Annual report on the mental hospital in the Central Provinces and Berar (Nagpur) - 1927-1951
Year: 1927
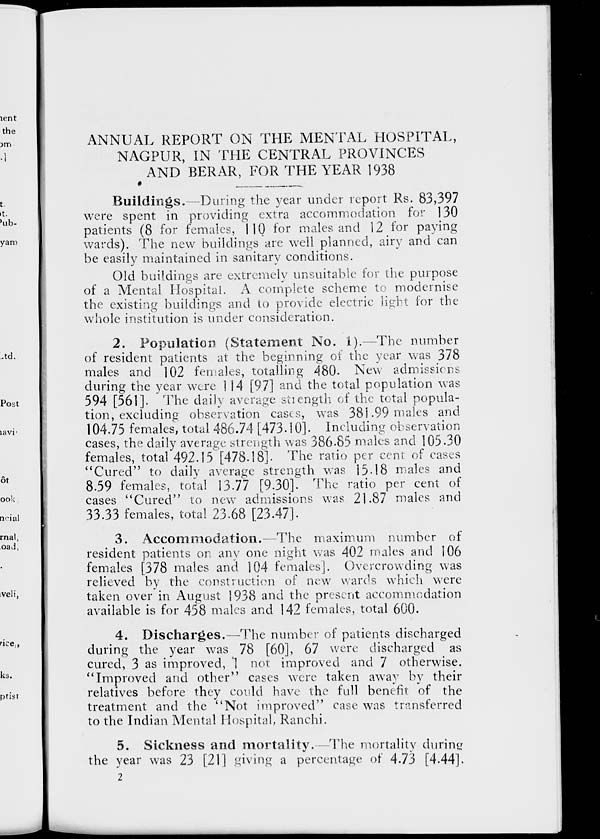
ANNUAL REPORT ON THE MENTAL HOSPITAL,
NAGPUR, IN THE CENTRAL PROVINCES
AND BERAR, FOR THE YEAR 1938
Buildings.—During the year under report. Rs. 83,397
were spent in providing extra accommodation for 130
patients (8 for females, 110 for males and 12 for paying
wards). The new buildings are well planned, airy and can
be easily maintained in sanitary conditions.
Old buildings are extremely unsuitable for the purpose
of a Mental Hospital. A complete scheme to modernise
the existing buildings and to provide electric light for the
whole Institution is under consideration.
2. Population (Statement No. 1).—The number
of resident patients at the beginning of the year was 378
males and 102 females, totalling 480. New admissions
during the year were 114 [97] and the total population was
594 [561]. The daily average strength of the total popula-
tion, excluding observation cases, was 381.99 males and
104.75 females, total 486.74 [473.10]. Including Observation
cases, the daily average strength was 386.85 males and 105.30
females, total 492.15 [478.18]. The ratio per cent of cases
"Cured" to daily average strength was 15.18 males and
8.59 females, total 13.77 [9.30]. The ratio per cent of
cases "Cured" to new admissions was 21.87 males and
33.33 females, total 23.68 [23.47].
3. Accommodation.—The maximum number of
resident patients on any one night was 402 males and 106
females [378 males and 104 females]. Overcrowding was
relieved by the construction of new wards which were
taken over in August 1938 and the present accommodation
available is for 458 males and 142 females, total 600.
4. Discharges.—The number of patients discharged
during the year was 78 [60], 67 were discharged as
cured, 3 as improved, 1 not improved and 7 otherwise.
"Improved and other" cases were taken away by their
relatives before they could have the full benefit of the
treatment and the "Not improved" case was transferred
to the Indian Mental Hospital, Ranchi.
5. Sickness and mortality.—The mortality during
the year was 23 [21] giving a percentage of 4.73 [4.44].
2